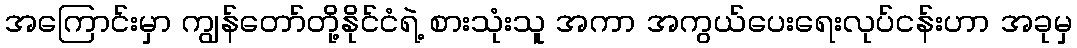
အကြောင်းမှာ ကျွန်တော်တို့နိုင်ငံရဲ့ စားသုံးသူ အကာ အကွယ်ပေးရေးလုပ်ငန်းဟာ အခုမှ